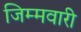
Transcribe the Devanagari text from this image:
जिम्मवारी